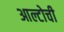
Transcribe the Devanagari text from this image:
आल्टोची